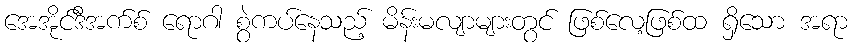
အေအိုင်ဒီအက်စ် ရောဂါ စွဲကပ်နေသည့် မိန်းမလျာများတွင် ဖြစ်လေ့ဖြစ်ထ ရှိသော အရာ